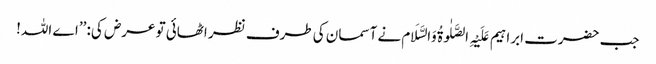
جب حضرت ابراہیم عَلَیْہِ الصَّلٰوۃُ وَالسَّلَام نے آسمان کی طرف نظر اٹھائی تو عرض کی: ’’اے اللہ!